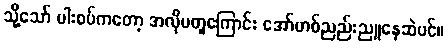
သို့သော် ပါးစပ်ကတော့ အလိုမတူကြောင်း အော်ဟစ်ညည်းညူနေဆဲပင်။